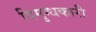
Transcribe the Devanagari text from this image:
विमुग्धकारी